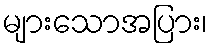
များသောအပြား၊